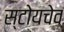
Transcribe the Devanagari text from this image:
स्टोयचेव